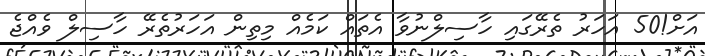
އަށް!50 އަހަރު ތެރޭގައި ހާސިލްނުވާ އެތައް ކަމެއް މިތިން އަހަރުތެރޭ ހާސިލް ވެއްޖެ